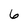
Character: 6